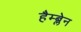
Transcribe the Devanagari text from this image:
हैम्ब्लेन